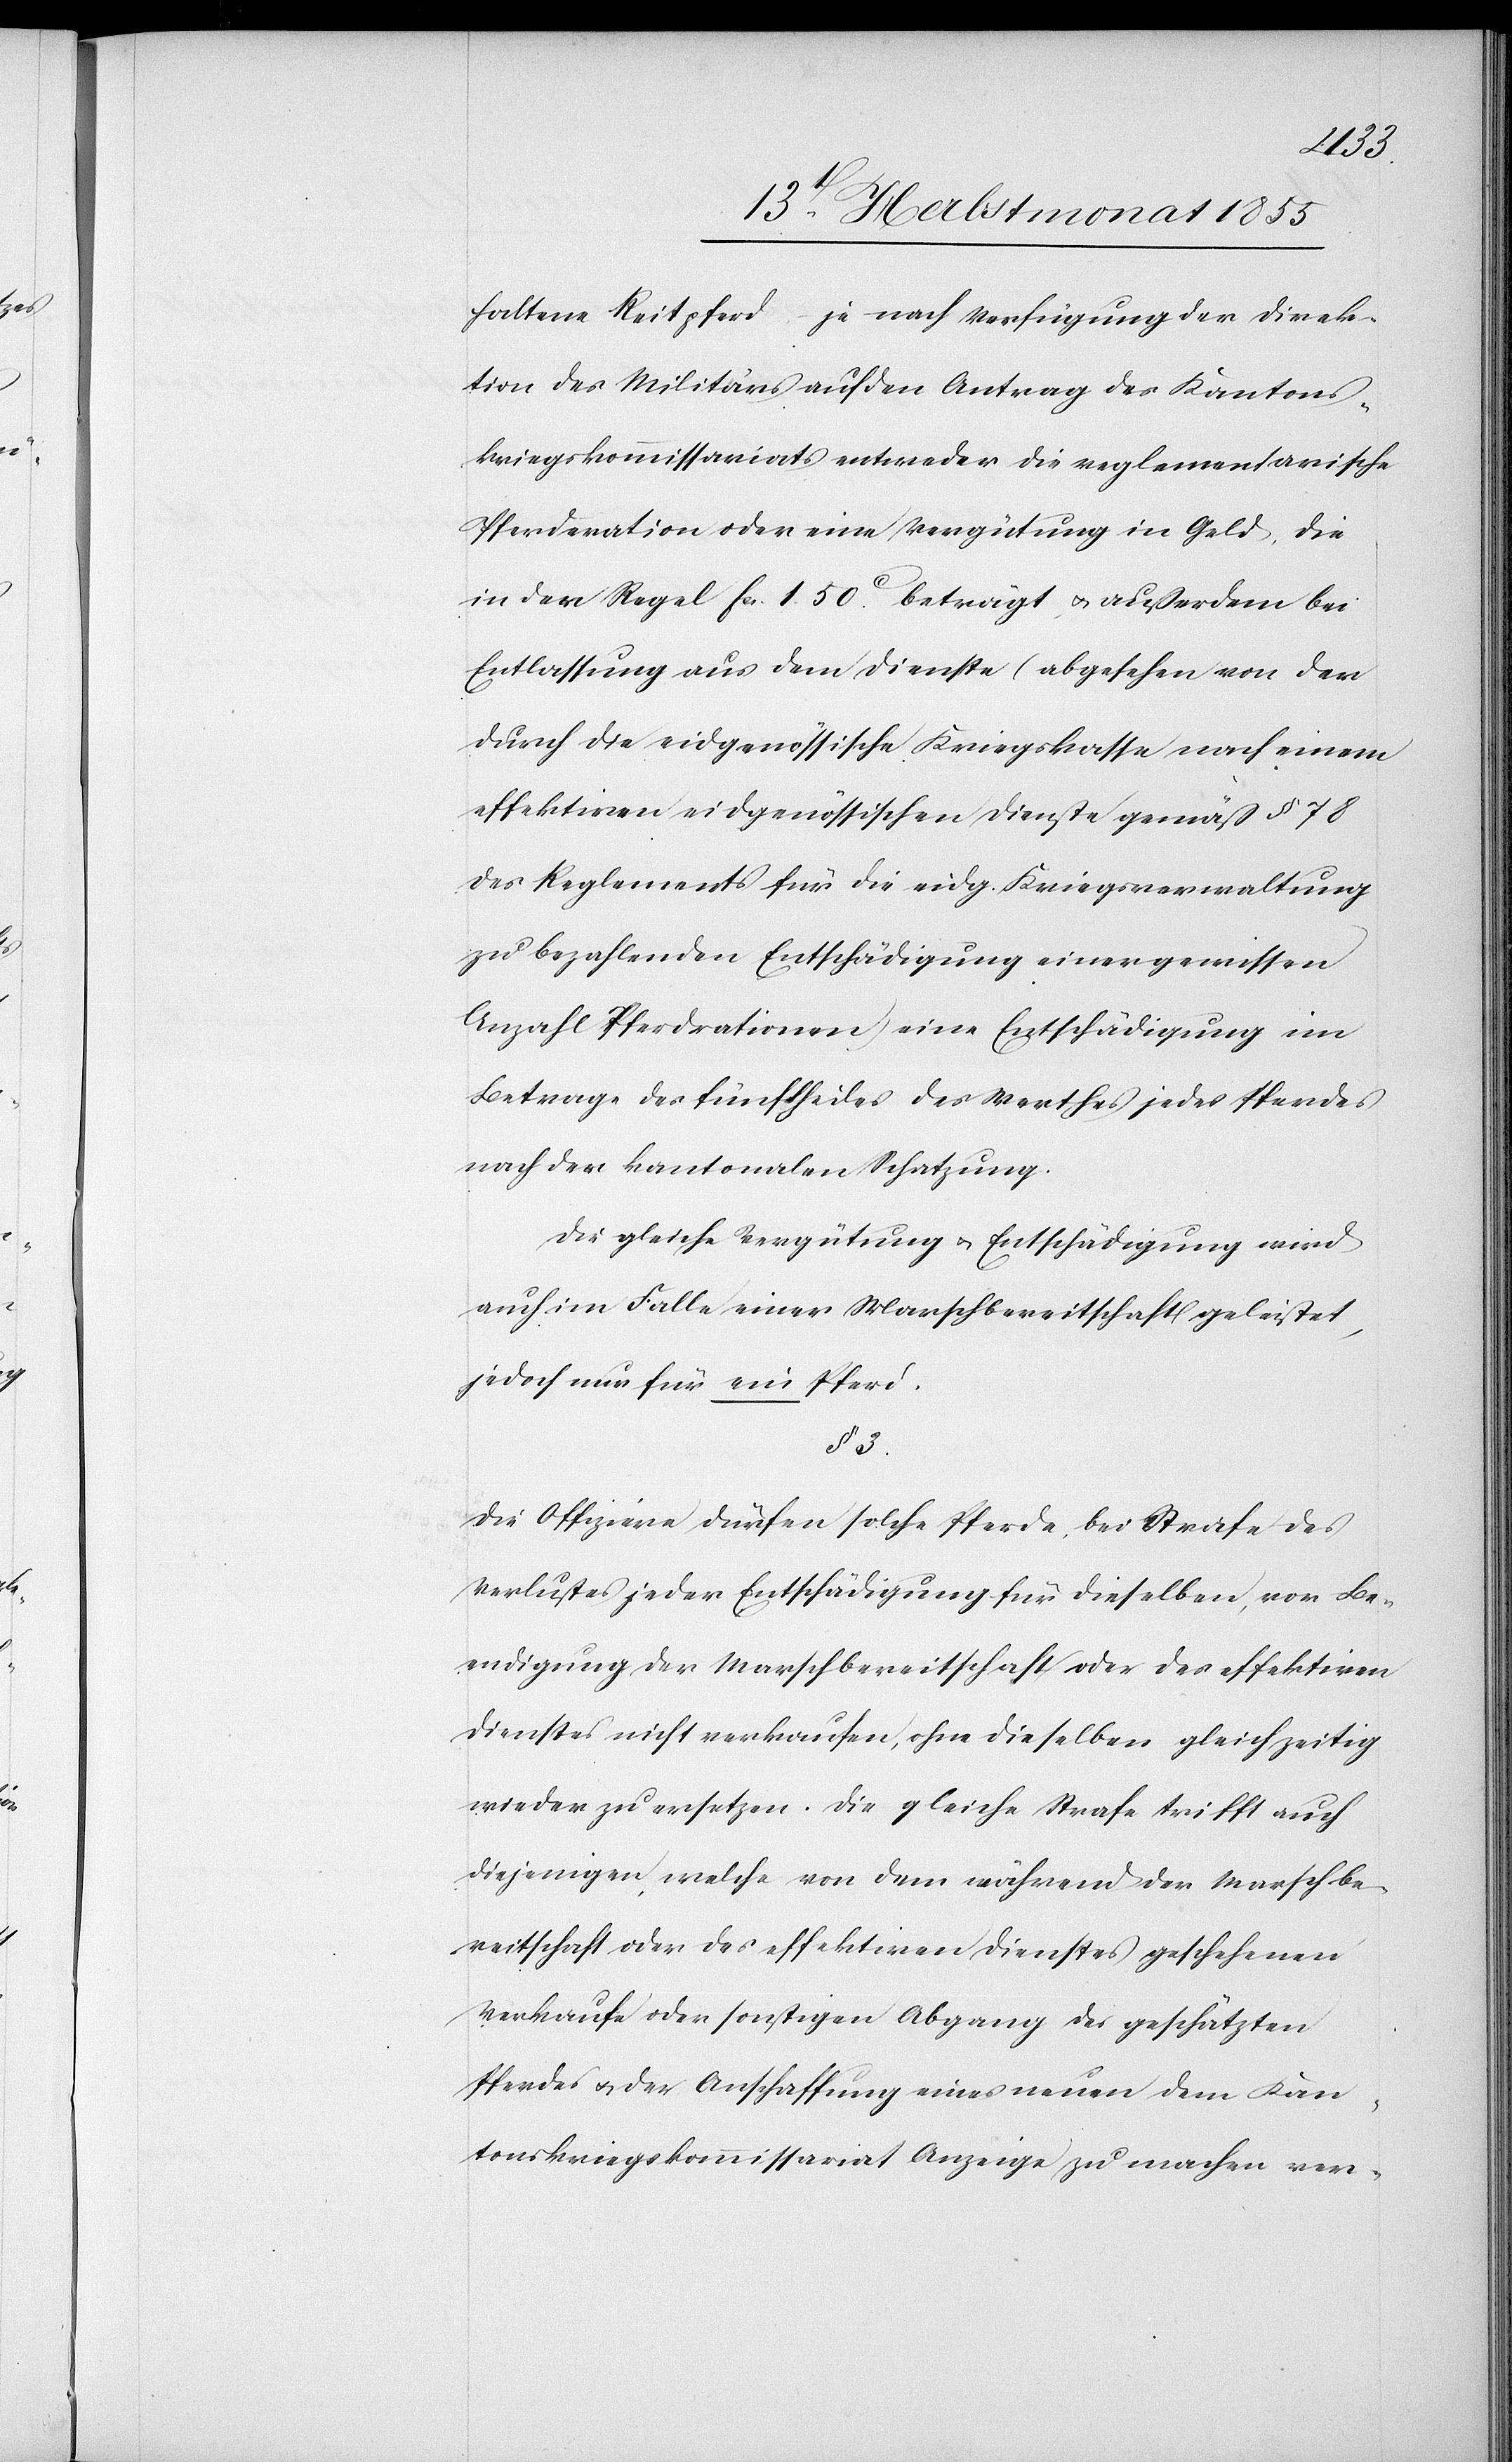
haltene Reitpferd – je nach Verfügung der Direk¬
tion des Militärs auf den Antrag des Kantons¬
kriegskommissariats entweder die reglementarische
Pferderation oder eine Vergütung in Geld, die
in der Regel Fcs. 1. 50c. beträgt, & außerdem bei
Entlassung aus dem Dienste (abgesehen von der
durch die eidgenössische Kriegskasse nach einem
effektiven eidgenössischen Dienste gemäß § 78
des Reglements für die eidg. Kriegsverwaltung
zu bezahlenden Entschädigung einer gewissen
Anzahl Pferdrationen) eine Entschädigung im
Betrage des fünftheiles [sic!] des Werthes jedes Pferdes
nach der kantonalen Schatzung.
Die gleiche Vergütung & Entschädigung wird
auch im Falle einer Marschbereitschaft geleistet,
jedoch nur für ein Pferd.
§ 3.
Die Offiziere dürfen solche Pferde, bei Strafe des
Verlustes jeder Entschädigung für dieselben, vor Be¬
endigung der Marschbereitschaft oder des effektiven
Dienstes nicht verkaufen, ohne dieselben gleichzeitig
wieder zu ersetzen. Die gleiche Strafe trifft auch
diejenigen, welche von dem während der Marschbe¬
reitschaft oder des effektiven Dienstes geschehenen
Verkaufe oder sonstigen Abgang des geschätzten
Pferdes & der Anschaffung eines neuen dem Kan¬
tonskriegskommissariat Anzeige zu machen ver-